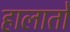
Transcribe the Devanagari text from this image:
हालातो